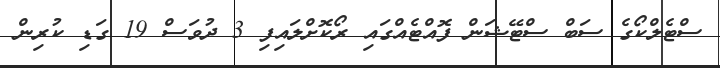
ސްޓެލްކޯގެ ސަބް ސްޓޭޝަން ފޮއްޓެއްގައި ރޯކޮށްލައިފި 3 ދުވަސް 19 ގަޑި ކުރިން